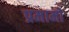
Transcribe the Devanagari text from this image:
प्रमामों